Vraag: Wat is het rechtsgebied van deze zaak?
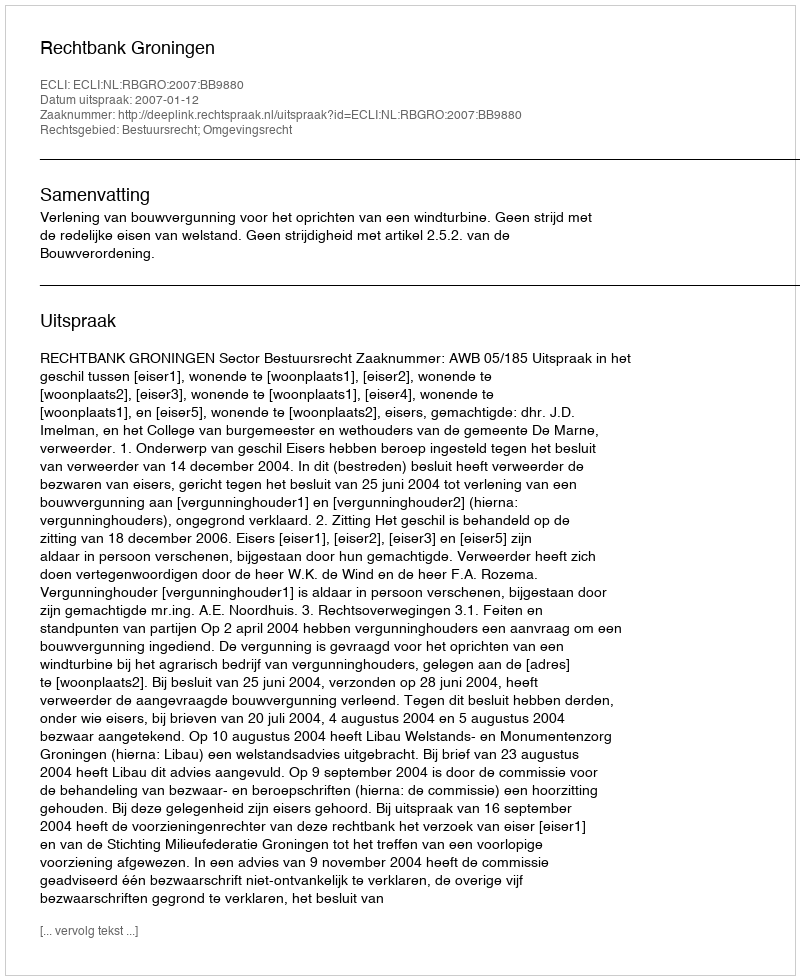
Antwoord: Bestuursrecht; Omgevingsrecht